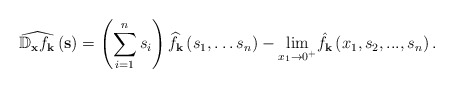
\begin{align*}\widehat{\mathfrak{\mathbb{D}}_{\mathbf{x}}f_{\mathbf{k}}}\left(\mathbf{s}\right)=\left(\sum_{i=1}^{n}s_{i}\right)\widehat{f}_{\mathbf{k}}\left(s_{1},\ldots s_{n}\right)-\underset{x_{1}\rightarrow0^{+}}{\lim}\hat{f_{\mathbf{k}}}\left(x_{1},s_{2},...,s_{n}\right).\end{align*}